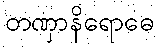
တဏှာနိရောဓေ